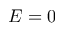
E = 0